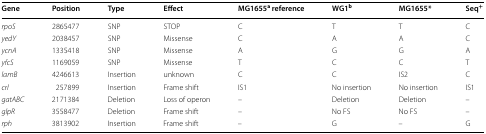
<table><thead><tr><td><b>Gene</b></td><td><b>Position</b></td><td><b>Type</b></td><td><b>Effect</b></td><td><b>MG1655<sup>a</sup> reference</b></td><td><b>WG1<sup>b</sup></b></td><td><b>MG1655*</b></td><td><b>Seq<sup>+</sup></b></td></tr></thead><tbody><tr><td><i>rpoS</i></td><td>2865477</td><td>SNP</td><td>STOP</td><td>C</td><td>T</td><td>T</td><td>C</td></tr><tr><td><i>yedY</i></td><td>2038457</td><td>SNP</td><td>Missense</td><td>C</td><td>A</td><td>A</td><td>C</td></tr><tr><td><i>ycnA</i></td><td>1335418</td><td>SNP</td><td>Missense</td><td>A</td><td>G</td><td>G</td><td>A</td></tr><tr><td><i>yfcS</i></td><td>1169059</td><td>SNP</td><td>Missense</td><td>T</td><td>C</td><td>C</td><td>T</td></tr><tr><td><i>lamB</i></td><td>4246613</td><td>Insertion</td><td>unknown</td><td>C</td><td>C</td><td>IS2</td><td>C</td></tr><tr><td><i>crl</i></td><td>257899</td><td>Insertion</td><td>Frame shift</td><td>IS1</td><td>No insertion</td><td>No insertion</td><td>IS1</td></tr><tr><td><i>gatABC</i></td><td>2171384</td><td>Deletion</td><td>Loss of operon</td><td>–</td><td>Deletion</td><td>Deletion</td><td>–</td></tr><tr><td><i>glpR</i></td><td>3558477</td><td>Deletion</td><td>Frame shift</td><td>–</td><td>No FS</td><td>No FS</td><td>–</td></tr><tr><td><i>rph</i></td><td>3813902</td><td>Insertion</td><td>Frame shift</td><td>–</td><td>G</td><td>–</td><td>G</td></tr></tbody></table>